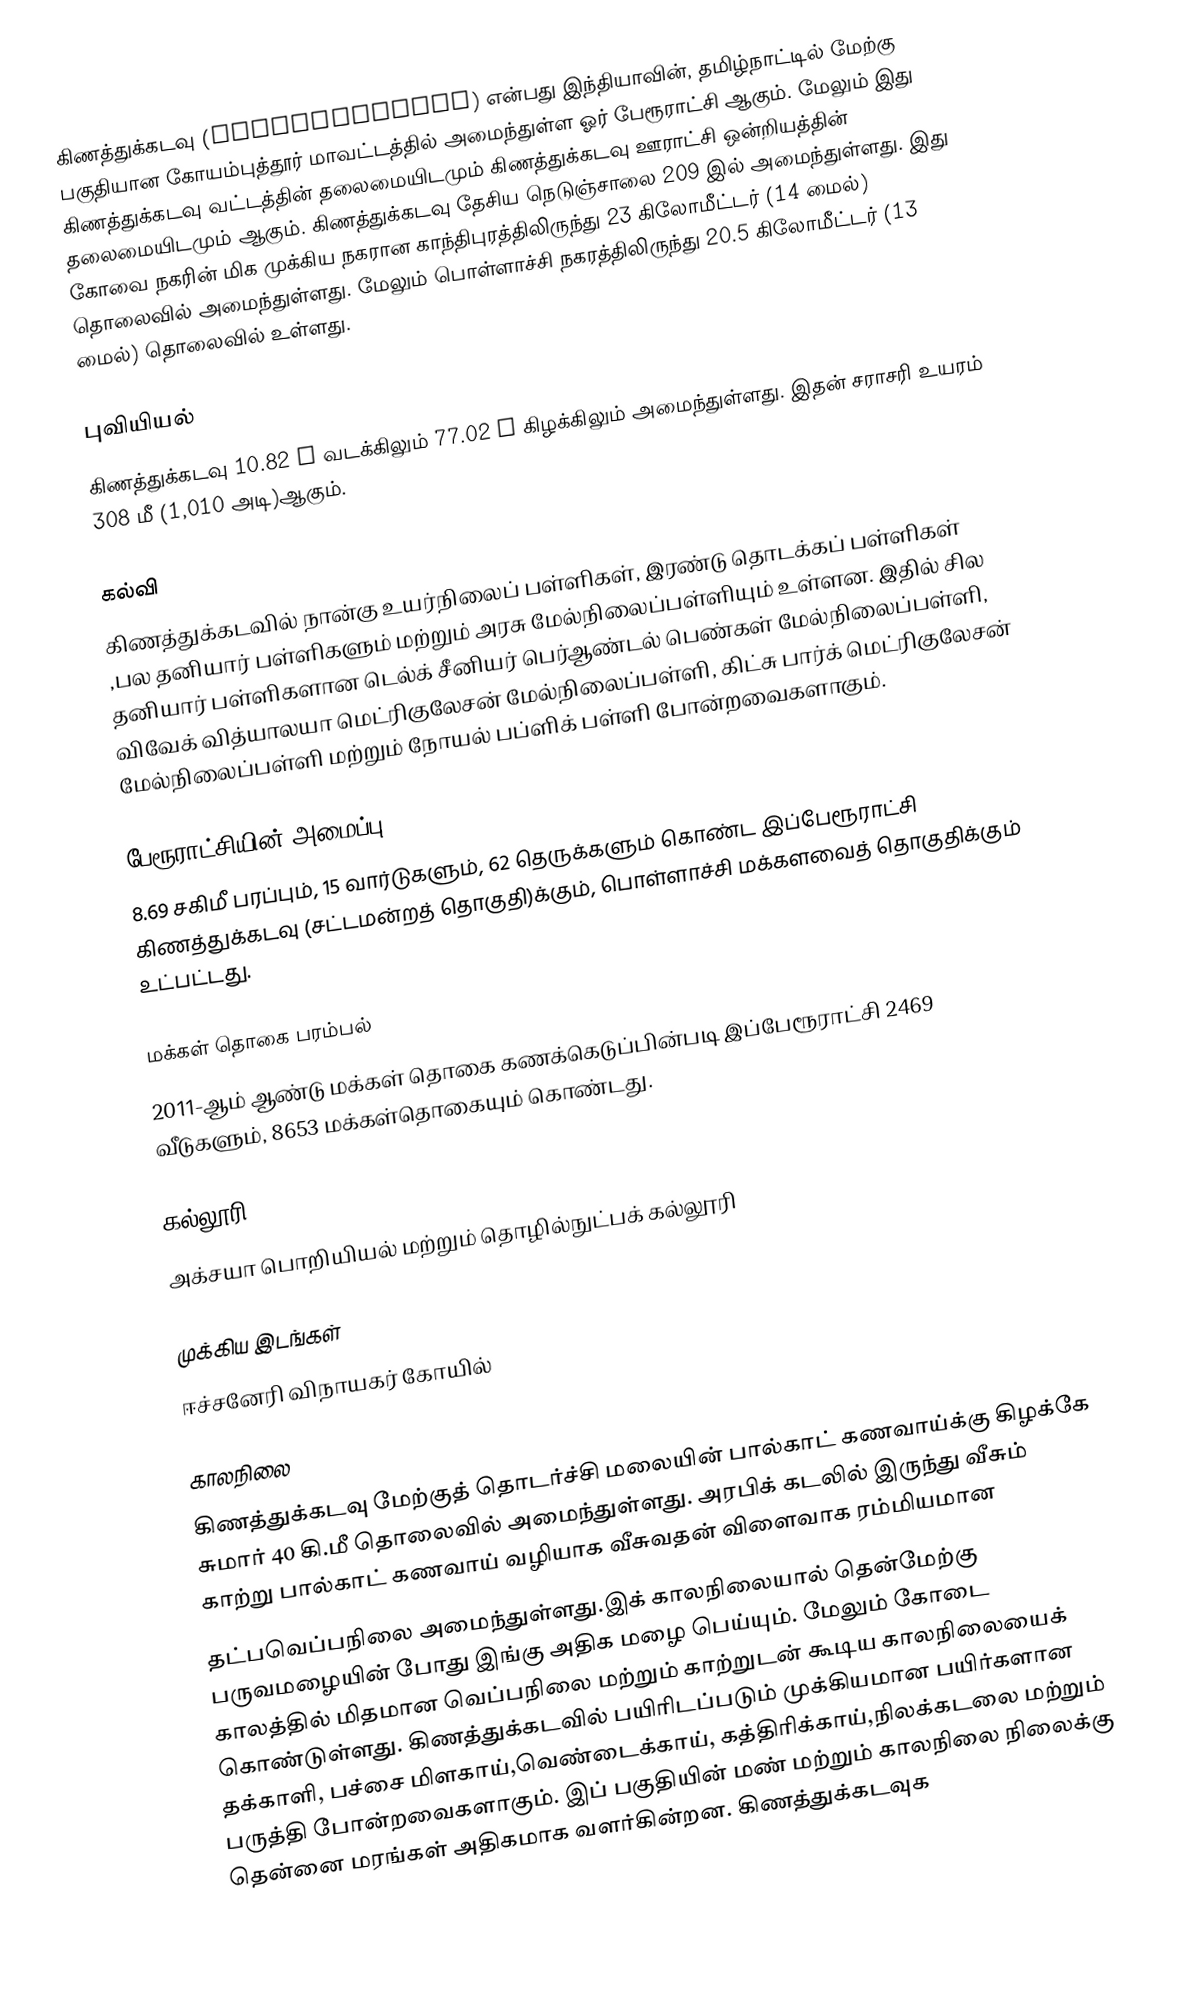
கிணத்துக்கடவு (Kinathukadavu) என்பது இந்தியாவின், தமிழ்நாட்டில் மேற்கு பகுதியான கோயம்புத்தூர் மாவட்டத்தில் அமைந்துள்ள ஓர் பேரூராட்சி ஆகும்.   மேலும் இது கிணத்துக்கடவு வட்டத்தின் தலைமையிடமும் கிணத்துக்கடவு ஊராட்சி ஒன்றியத்தின் தலைமையிடமும் ஆகும். கிணத்துக்கடவு தேசிய நெடுஞ்சாலை 209  இல் அமைந்துள்ளது. இது கோவை நகரின் மிக முக்கிய நகரான காந்திபுரத்திலிருந்து 23 கிலோமீட்டர் (14 மைல்) தொலைவில் அமைந்துள்ளது. மேலும்  பொள்ளாச்சி நகரத்திலிருந்து 20.5 கிலோமீட்டர் (13 மைல்) தொலைவில் உள்ளது.

புவியியல்
கிணத்துக்கடவு 10.82 ° வடக்கிலும்  77.02 ° கிழக்கிலும் அமைந்துள்ளது.  இதன் சராசரி உயரம் 308 மீ (1,010 அடி)ஆகும்.

கல்வி
கிணத்துக்கடவில் நான்கு உயர்நிலைப் பள்ளிகள், இரண்டு தொடக்கப் பள்ளிகள் ,பல தனியார் பள்ளிகளும் மற்றும் அரசு மேல்நிலைப்பள்ளியும் உள்ளன. இதில் சில தனியார் பள்ளிகளான டெல்க் சீனியர் பெர்ஆண்டல் பெண்கள் மேல்நிலைப்பள்ளி, விவேக் வித்யாலயா மெட்ரிகுலேசன் மேல்நிலைப்பள்ளி, கிட்சு பார்க் மெட்ரிகுலேசன் மேல்நிலைப்பள்ளி மற்றும் நோயல் பப்ளிக் பள்ளி போன்றவைகளாகும்.

பேரூராட்சியின் அமைப்பு
8.69 சகிமீ பரப்பும்,  15 வார்டுகளும், 62 தெருக்களும்  கொண்ட இப்பேரூராட்சி  கிணத்துக்கடவு (சட்டமன்றத் தொகுதி)க்கும், பொள்ளாச்சி மக்களவைத் தொகுதிக்கும் உட்பட்டது.

மக்கள் தொகை பரம்பல்
2011-ஆம் ஆண்டு மக்கள் தொகை கணக்கெடுப்பின்படி  இப்பேரூராட்சி 2469  வீடுகளும்,  8653 மக்கள்தொகையும் கொண்டது.

கல்லூரி
அக்சயா பொறியியல் மற்றும் தொழில்நுட்பக் கல்லூரி

முக்கிய இடங்கள்
ஈச்சனேரி விநாயகர் கோயில்

காலநிலை
கிணத்துக்கடவு மேற்குத் தொடர்ச்சி மலையின் பால்காட் கணவாய்க்கு கிழக்கே சுமார் 40 கி.மீ தொலைவில் அமைந்துள்ளது. அரபிக் கடலில் இருந்து வீசும் காற்று பால்காட் கணவாய் வழியாக வீசுவதன் விளைவாக  ரம்மியமான
தட்பவெப்பநிலை அமைந்துள்ளது.இக் காலநிலையால் தென்மேற்கு பருவமழையின் போது இங்கு அதிக மழை பெய்யும். மேலும் கோடை காலத்தில் மிதமான வெப்பநிலை மற்றும் காற்றுடன் கூடிய காலநிலையைக் கொண்டுள்ளது. கிணத்துக்கடவில் பயிரிடப்படும் முக்கியமான பயிர்களான தக்காளி, பச்சை மிளகாய்,வெண்டைக்காய், கத்திரிக்காய்,நிலக்கடலை மற்றும் பருத்தி போன்றவைகளாகும். இப் பகுதியின் மண் மற்றும் காலநிலை நிலைக்கு தென்னை மரங்கள் அதிகமாக வளர்கின்றன. கிணத்துக்கடவுக